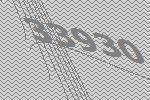
33930